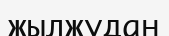
жылжудан